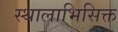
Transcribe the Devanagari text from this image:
स्थालाभिसिक्त